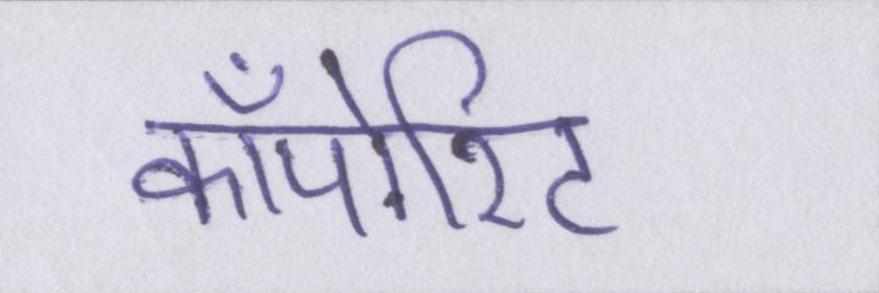
कॉर्पोरेट